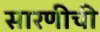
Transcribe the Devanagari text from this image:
सारणीची